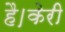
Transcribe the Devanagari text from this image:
है।केरी